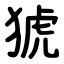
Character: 猇